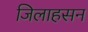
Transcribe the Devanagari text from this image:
जिलाहसन